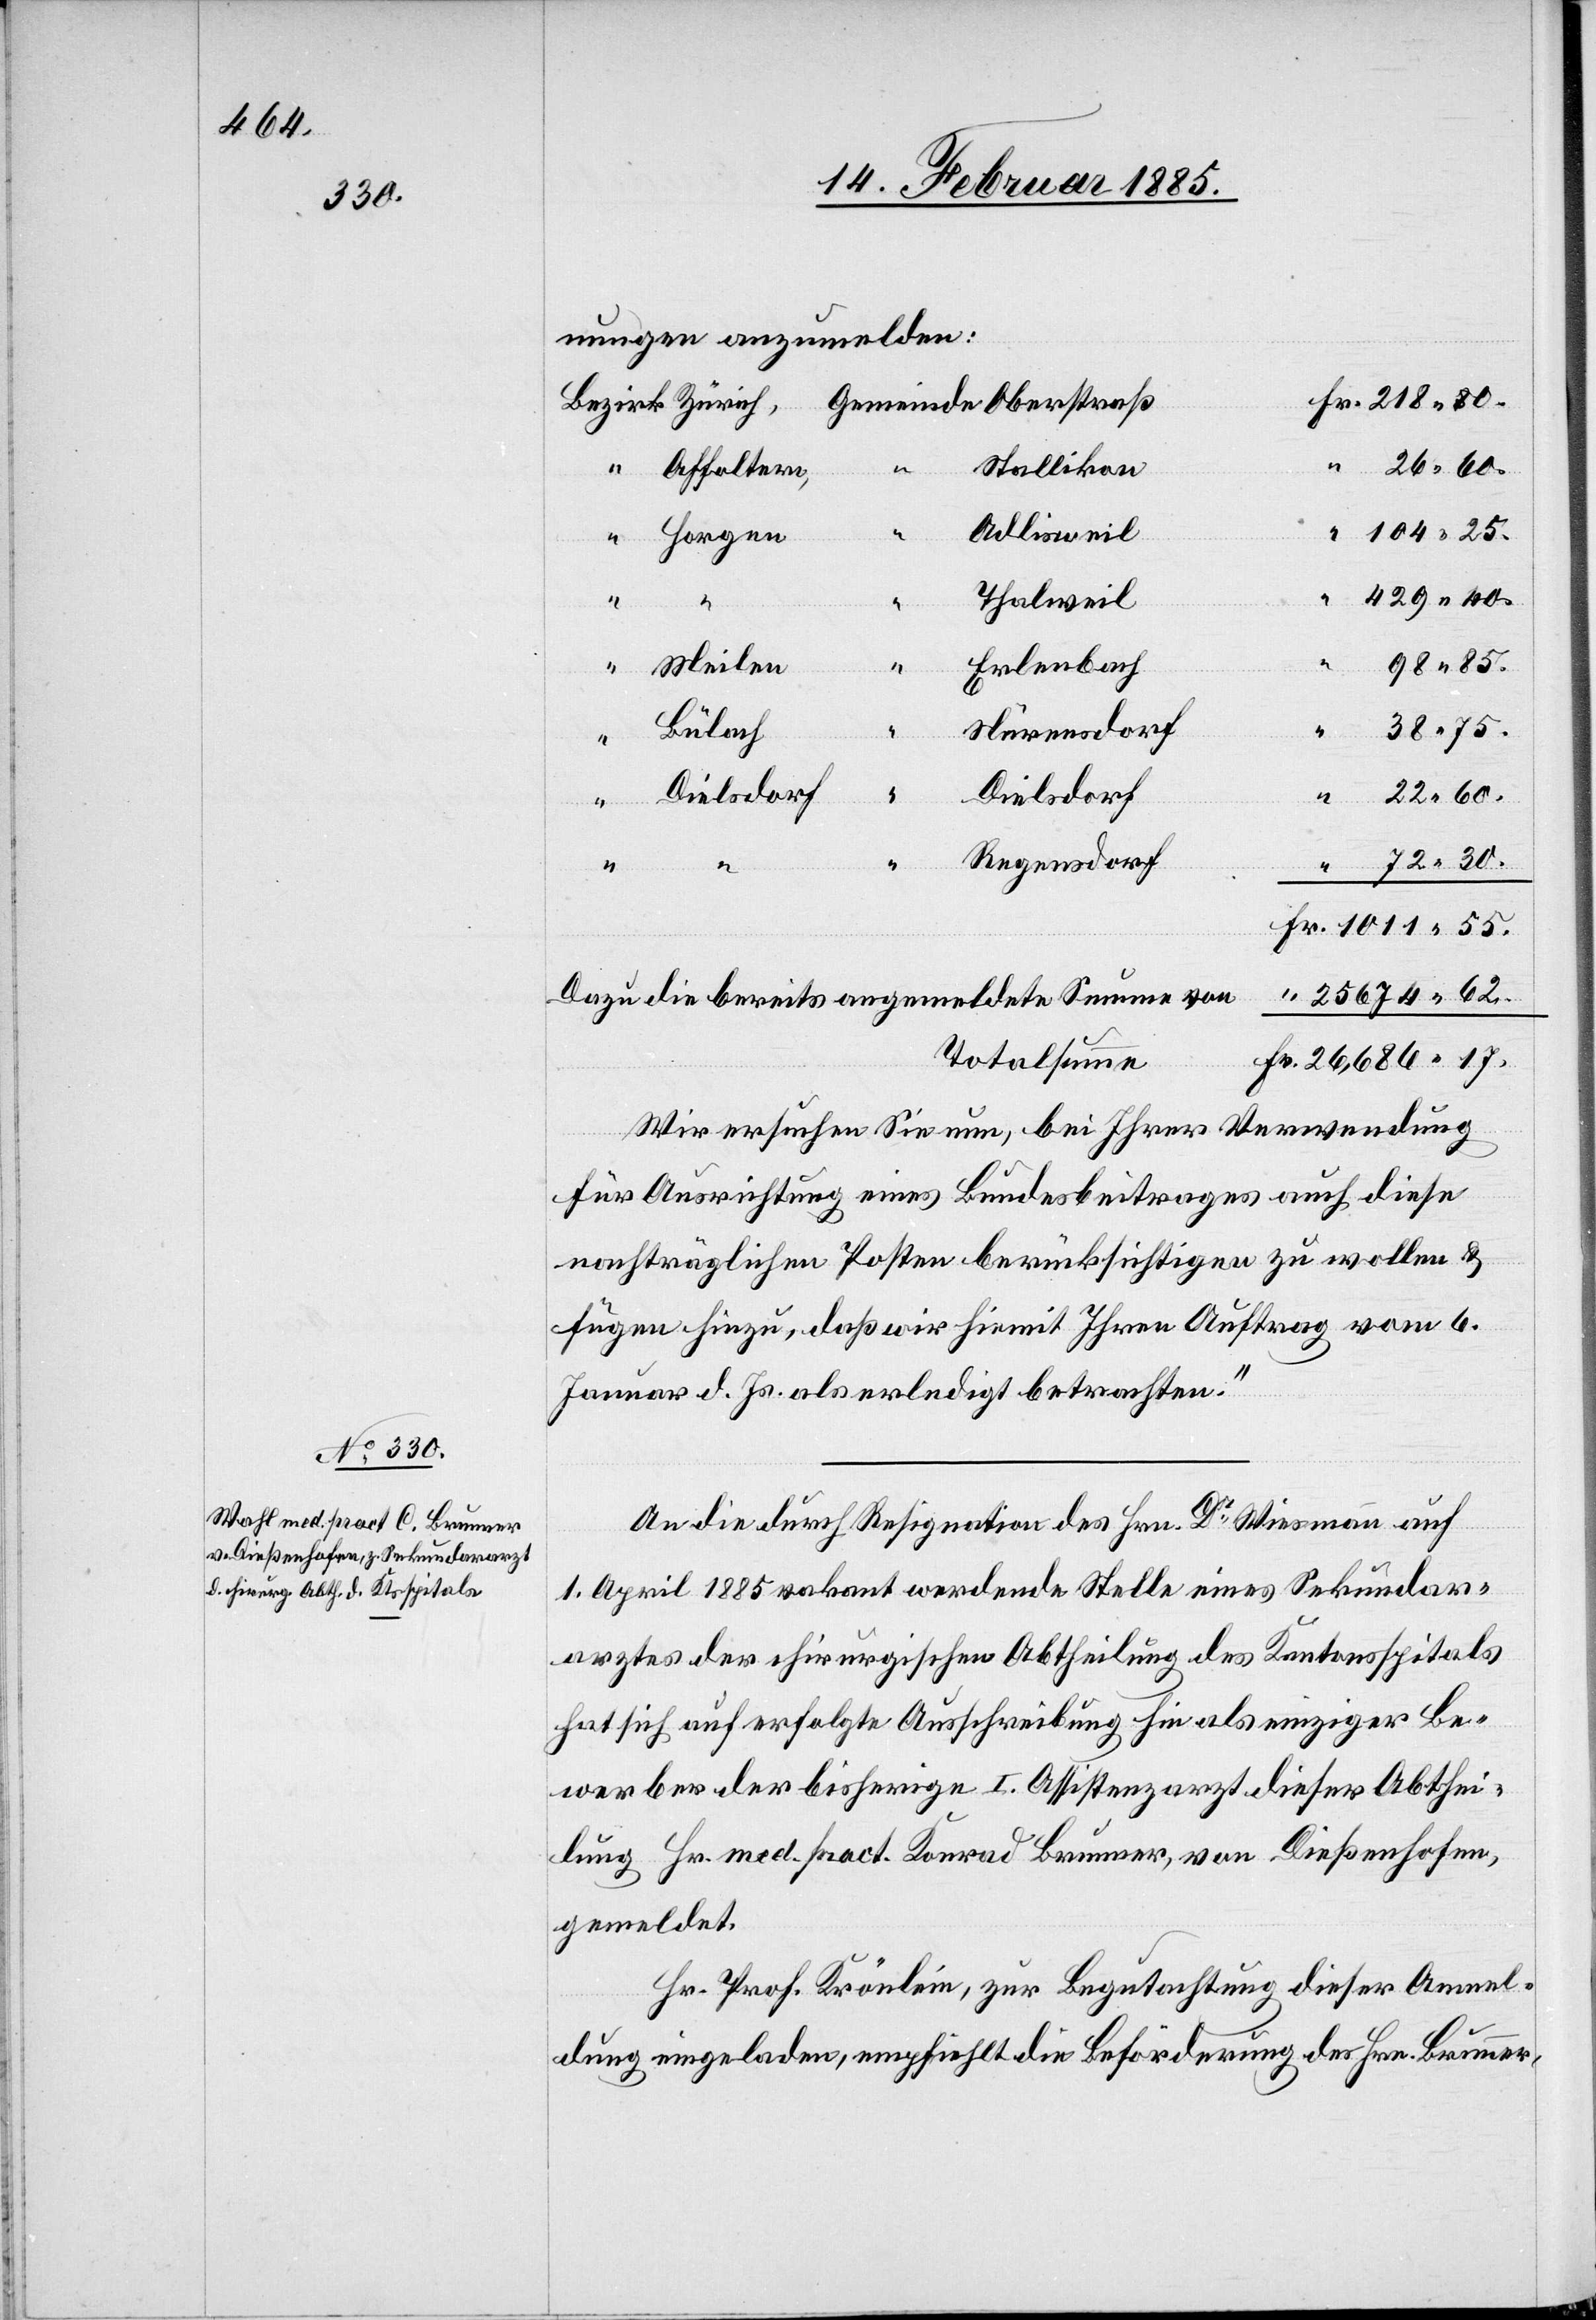
72 30.

nungen anzumelden:
Fr.
Stallikon
Affoltern
1011 55.
Adlisweil
429 40.
Thalweil
“
98 85.
Erlenbach
Bülach
38 75.
Regensdorf
Dielsdorf
Dielsdorf
60.
Meilen
25674 62.
Dazu die bereits angemeldete Summe von
Totalsumme
26,686 17.
Wir ersuchen Sie nun, bei Ihrer Verwendung
für Ausrichtung eines Bundesbeitrages auch diese
nachträglichen Posten berücksichtigen zu wollen &
fügen hinzu, daß wir hiemit Ihren Auftrag vom 6.
Januar d. Js. als erledigt betrachten.“
An die durch Resignation des Hrn. Dr Wiesmann auf
1. April 1885 vakant werdende Stelle eines Sekundar¬
arztes der chirurgischen Abtheilung des Kantonsspitals
hat sich auf erfolgte Ausschreibung hin als einziger Be¬
werber der bisherige I. Assistenzarzt dieser Abthei¬
lung Hr. med. pract. Konrad [sic!] Brunner, von Dießenhofen,
gemeldet.
Hr. Prof. Krönlein, zur Begutachtung dieser Anmel¬
dung eingeladen, empfiehlt die Beförderung des Hrn. Brunner,